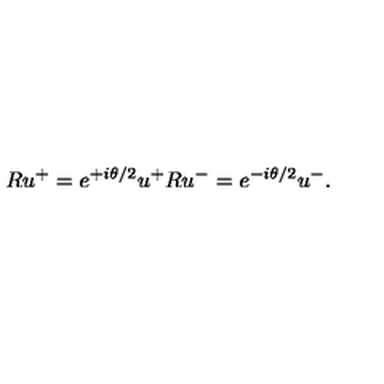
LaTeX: R u ^ { + } = e ^ { + i \theta / 2 } u ^ { + } R u ^ { - } = e ^ { - i \theta / 2 } u ^ { - } .